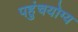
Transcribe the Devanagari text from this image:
पहुंचयोग्य